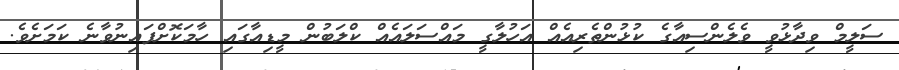
ސަލީމް ވިދާޅުވީ ވެލެންސިއާގެ ކުޅުންތެރިއެއް އަހުލާގީ މައްސަލައެއް ކްލަބުން މީޑިއާގައި ހާމަކޮށްފައިނުވާނެ ކަމަށެވެ.